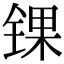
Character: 锞